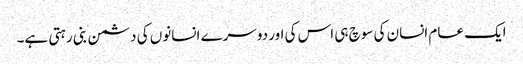
ایک عام انسان کی سوچ ہی اس کی اور دوسرے انسانوں کی دشمن بنی رہتی ہے۔